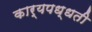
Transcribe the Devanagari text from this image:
कार्यपध्धती